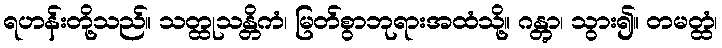
ရဟန်းတို့သည်။ သတ္ထုသန္တိကံ၊ မြတ်စွာဘုရားအထံသို့။ ဂန္တွာ၊ သွား၍။ တမတ္ထံ၊